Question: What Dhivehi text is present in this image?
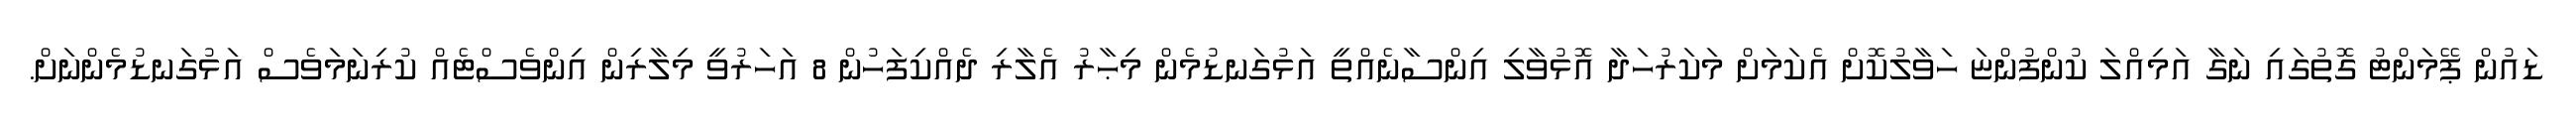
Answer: ޑައުން ޕޭމަންޓު ގޮތުގައި ނަގާ އަމިއްލަ ކުންފުންޏަ ހަވާލުކޮށް އެކަމަށް މަކަރުހަދާ އޮޅުވާލި އިންސާނެއްތީ އަޅުގަނޑުމެން މިޙާރު އެލާރި ދެއްކިފަހުން 8 އަހަރުވީ މިލާރިން އިންވެސްޓެއް ކުރިނަމަވެސް އަޅުގަނޑުމެންނަށް.